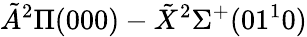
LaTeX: \tilde{A}^{2}\Pi(000)-\tilde{X}^{2}\Sigma^{+}(01^{1}0)